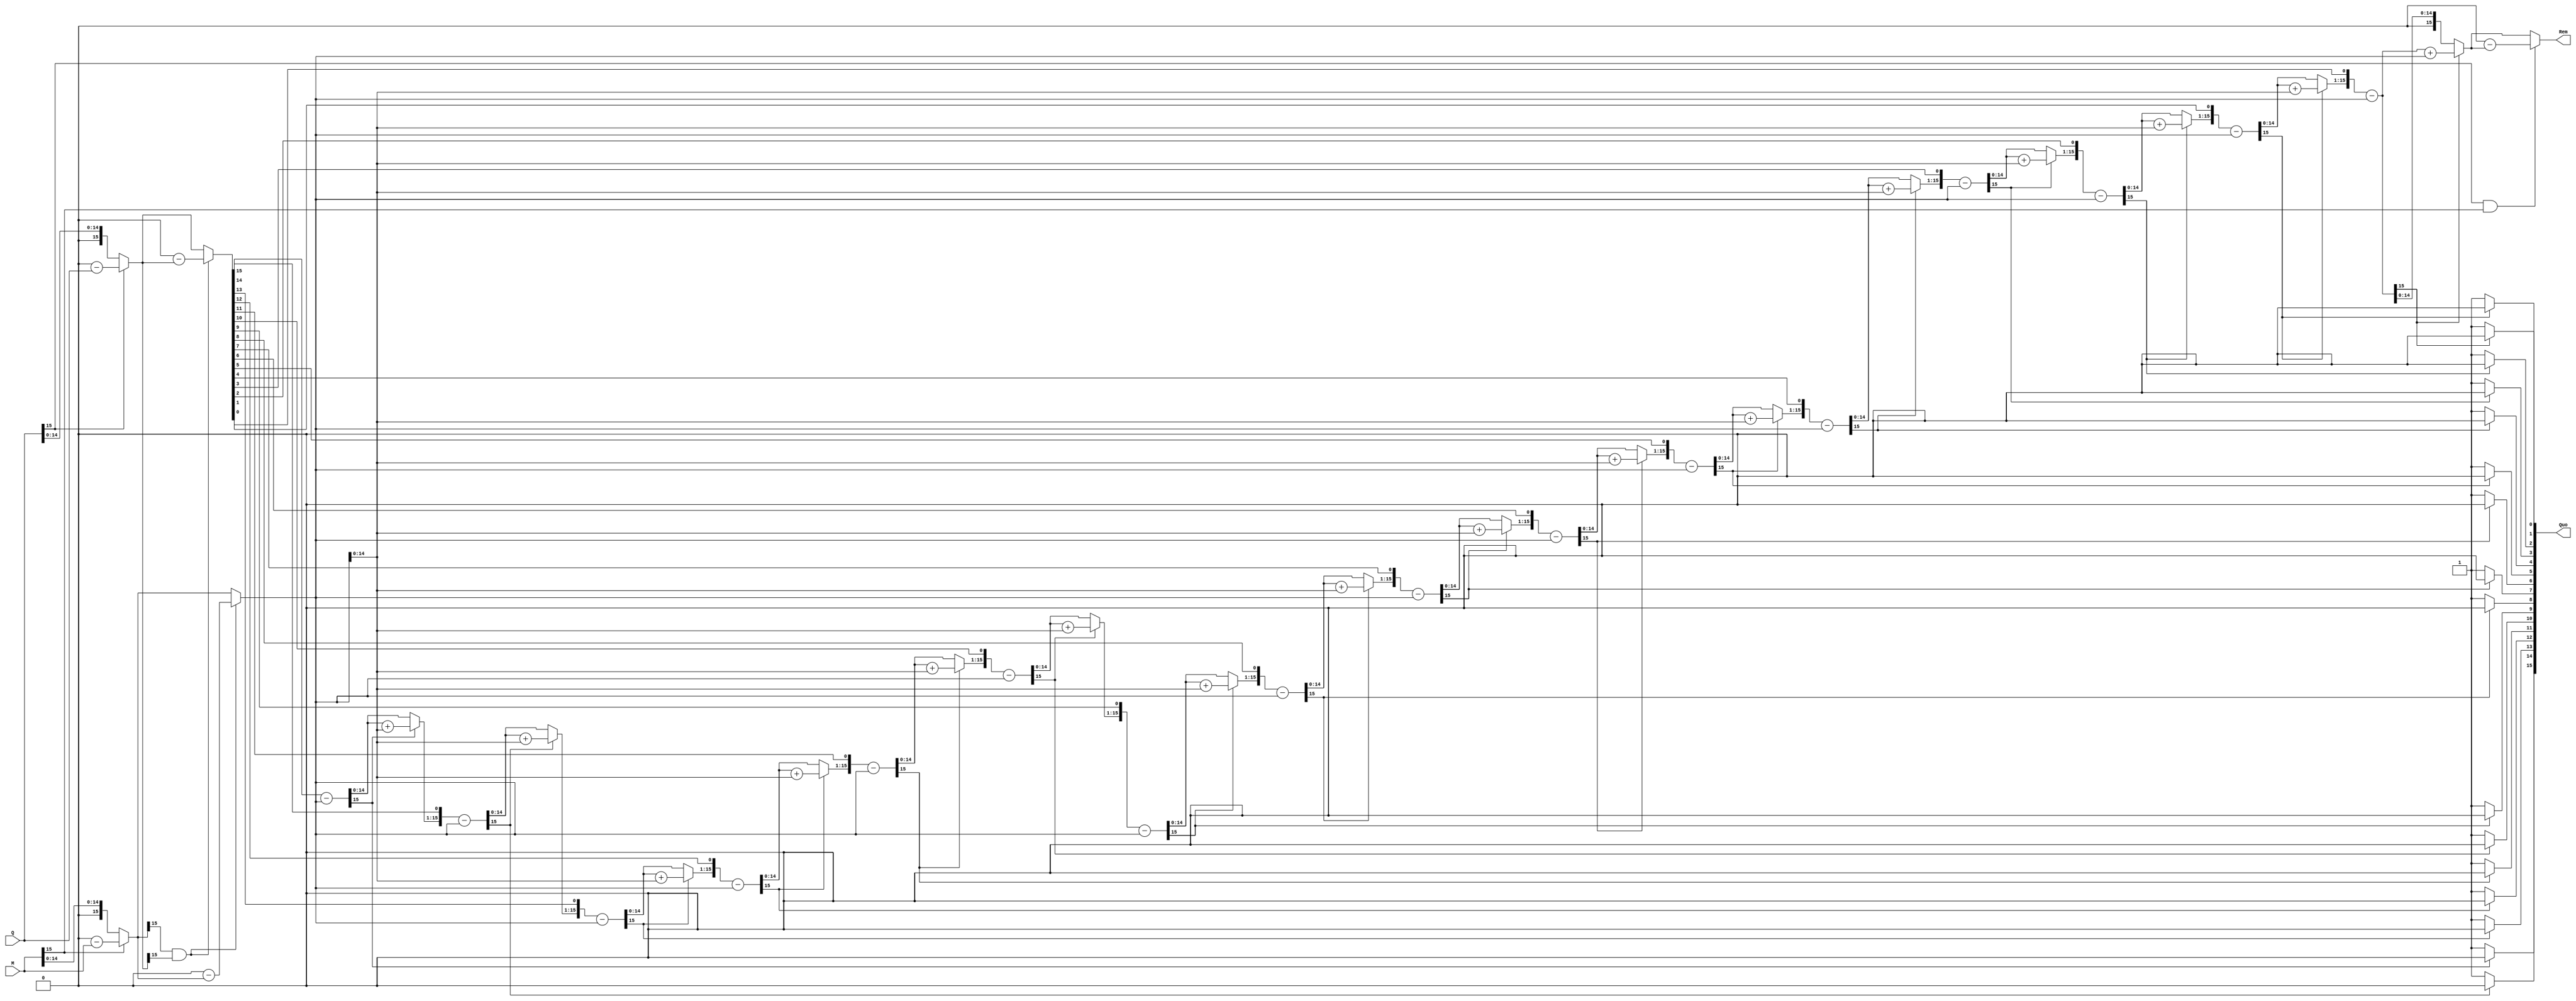
`timescale 1ns / 1ps
//////////////////////////////////////////////////////////////////////////////////
// Company: 
// Engineer: 
// 
// Design Name: 
// Module Name:    Division 
// Project Name: 
// Target Devices: 
// Tool versions: 
// Description: 
//
// Dependencies: 
//
// Revision: 
// Revision 0.01 - File Created
// Additional Comments: 
//
//////////////////////////////////////////////////////////////////////////////////
module Division(Q,M,Quo,Rem
    );
	 
	 input [15:0] Q, M;
	 output [15:0] Quo, Rem;
	 reg [15:0] Quo = 0, Rem = 0;
	 reg [15:0] a1,b1,p1;
	 integer i;
	 
	 always @(Q or M)
	 begin
		
		a1 = Q;
		b1 = M;
		p1 = 0;
		
		if(a1[15]==1)
		a1=0-a1;
		
		if(b1[15]==1)
		b1=0-b1;
		
		if((b1[15]==1)&&(a1[15]==1))begin
		b1 = 0-b1;
		a1 = 0-a1;
		end
		
		for(i=0;i<16;i=i+1)begin
			
			p1 = {p1[14:0],a1[15]};
			a1[15:1] = a1[14:0];
			p1 = p1-b1;
			if(p1[15]==1)begin
				a1[0] = 0;
				p1 = p1+b1; end
			else
				a1[0] = 1;
			
		end
		
		if((Q[15]==1) && (M[15]==0))
		begin
		Quo = 0-a1;
		Rem = 0-p1;
		end
		
		else if ((Q[0]==0) && (M[15]==1))
		begin
		Quo = 0-a1;
		Rem = p1;
		end
		
		if((Q[15]==1) && (M[15]==1))
		begin
		Quo = a1;
		Rem =0- p1;
		end
		
		else
		begin
		Quo = a1;
		Rem = p1;
		end
	
			
end
endmodule